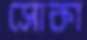
সোকা